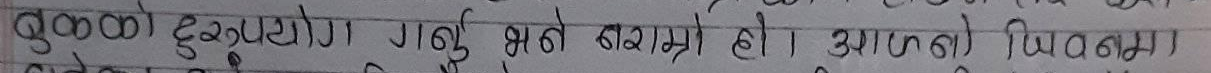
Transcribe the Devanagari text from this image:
रुखको दुरुपयोग गर्नु भने खराब हो । यसको नियममा